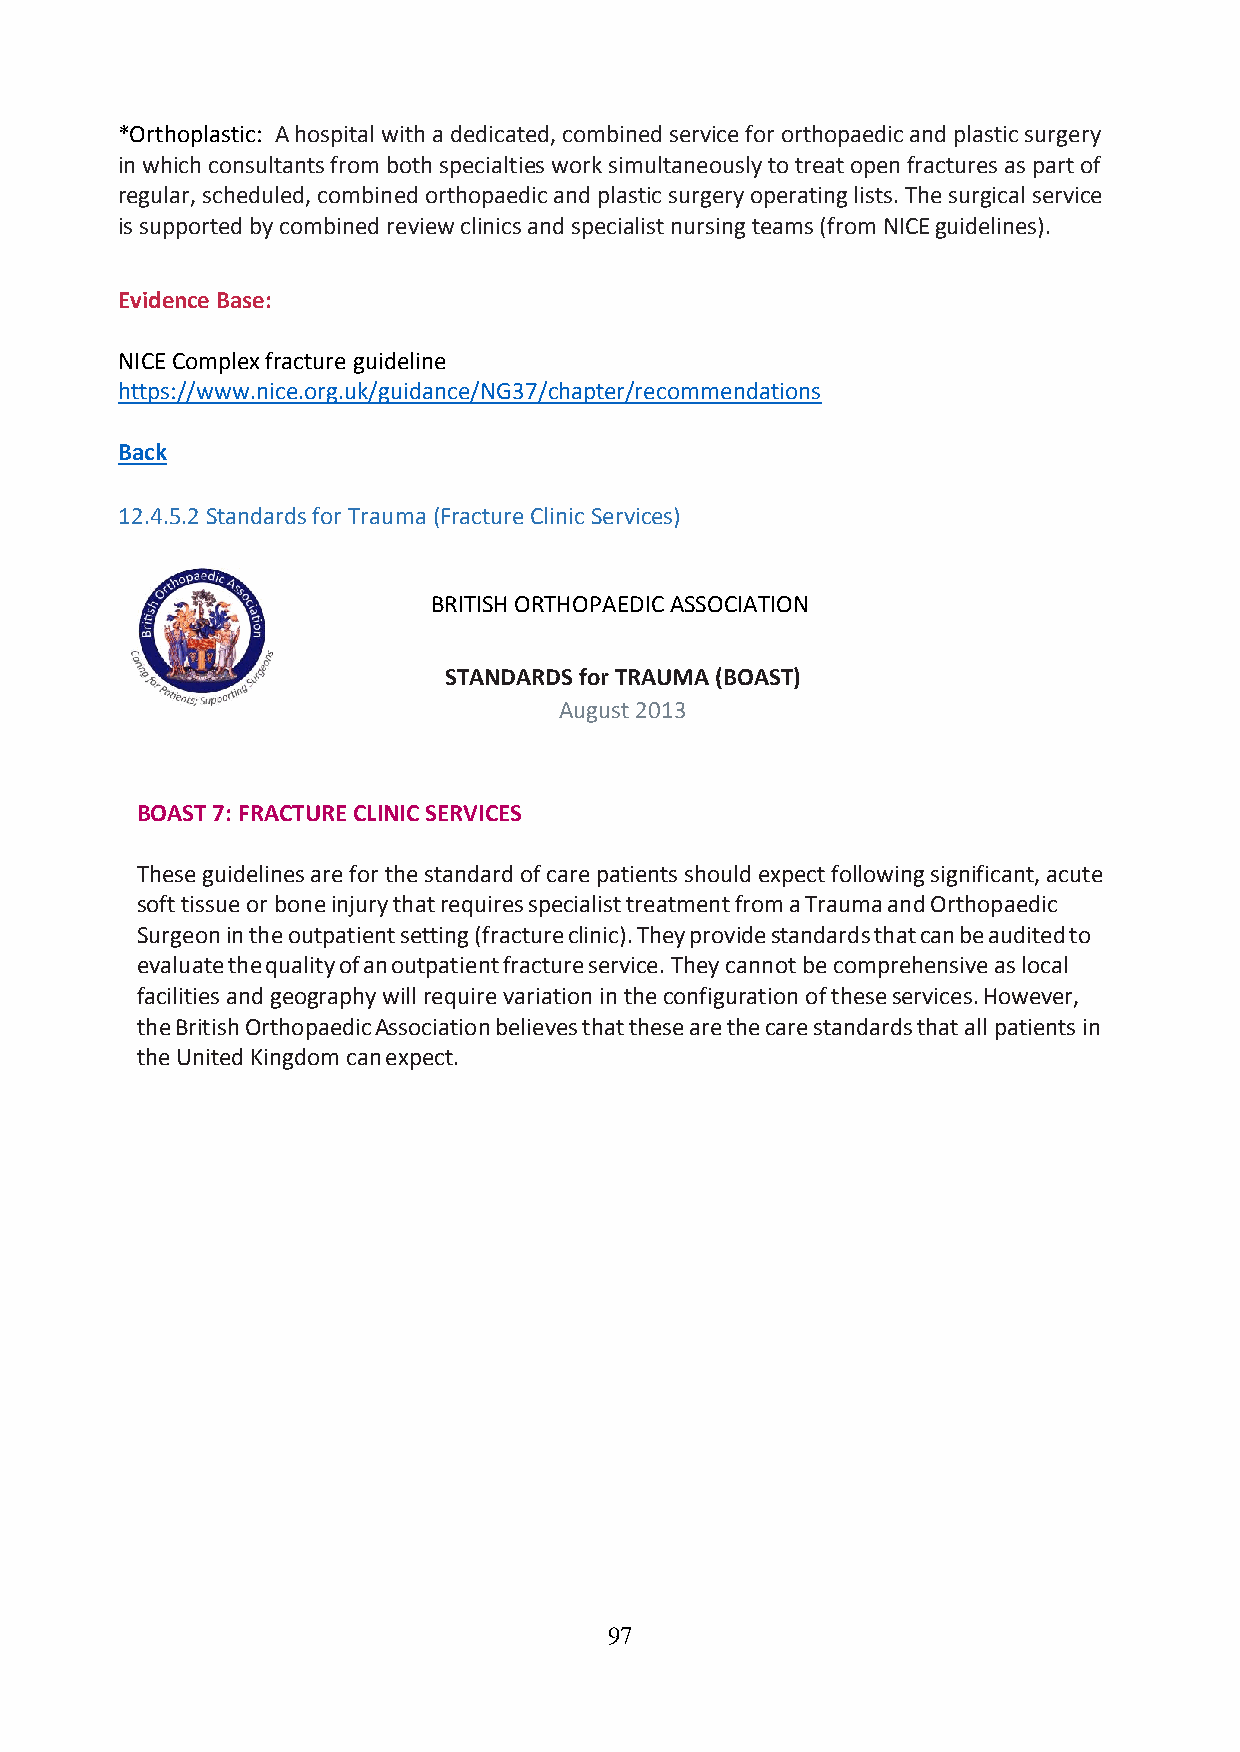
*Orthoplastic: A hospital with a dedicated, combined service for orthopaedic and plastic surgery
 in which consultants from both specialties work simultaneously to treat open fractures as part of
 regular, scheduled, combined orthopaedic and plastic surgery operating lists. The surgical service
 is supported by combined review clinics and specialist nursing teams (from NICE guidelines).
 Evidence Base:
 NICE Complex fracture guideline
 https://www.nice.org.uk/guidance/NG37/chapter/recommendations
 Back
 12.4.5.2 Standards for Trauma (Fracture Clinic Services)
 BRITISH ORTHOPAEDIC ASSOCIATION
 STANDARDS for TRAUMA (BOAST)
 August 2013
 BOAST 7: FRACTURE CLINIC SERVICES
 These guidelines are for the standard of care patients should expect following significant, acute
 soft tissue or bone injury that requires specialist treatment from a Trauma and Orthopaedic
 Surgeon in the outpatient setting (fracture clinic). They provide standards that can be audited to
 evaluate the quality of an outpatient fracture service. They cannot be comprehensive as local
 facilities and geography will require variation in the configuration of these services. However,
 the British Orthopaedic Association believes that these are the care standards that all patients in
 the United Kingdom can expect.
 97